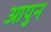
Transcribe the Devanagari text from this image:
आपुन